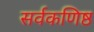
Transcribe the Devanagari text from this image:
सर्वकणिष्ठ